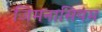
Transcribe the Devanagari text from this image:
जिमनासियम